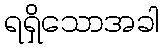
ရရှိသောအခါ